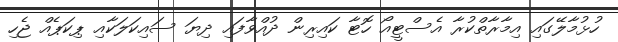
ހުޅުމާލޭގައި އިމާރާތްކުރާ އެސްޓީއޯ ހޮޓާ ކައިރިން ދުއްވާފައި ދިޔަ ސައިކަލަކާއި ޕިކަޕެއް ޖެހި